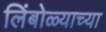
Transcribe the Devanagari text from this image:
लिंबोळ्याच्या